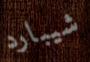
شيبارد